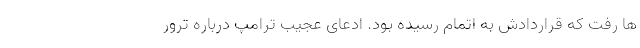
ها رفت که قراردادش به اتمام رسیده بود. ادعای عجیب ترامپ درباره ترور